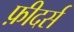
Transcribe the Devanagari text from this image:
फ़ीदर्स